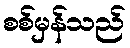
စစ်မှန်သည်